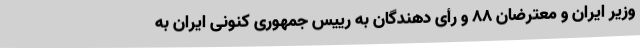
وزیر ایران و معترضان 88 و رأی دهندگان به رییس جمهوری کنونی ایران به